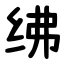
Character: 绋